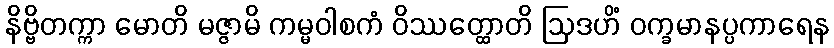
နိဗ္ဗိတက္ကာ မောတိ မဇ္ဇာမိ ကမ္မဝါစကံ ဝိဿတ္ထောတိ ဩဒဟိံ ဝက္ခမာနပ္ပကာရေန